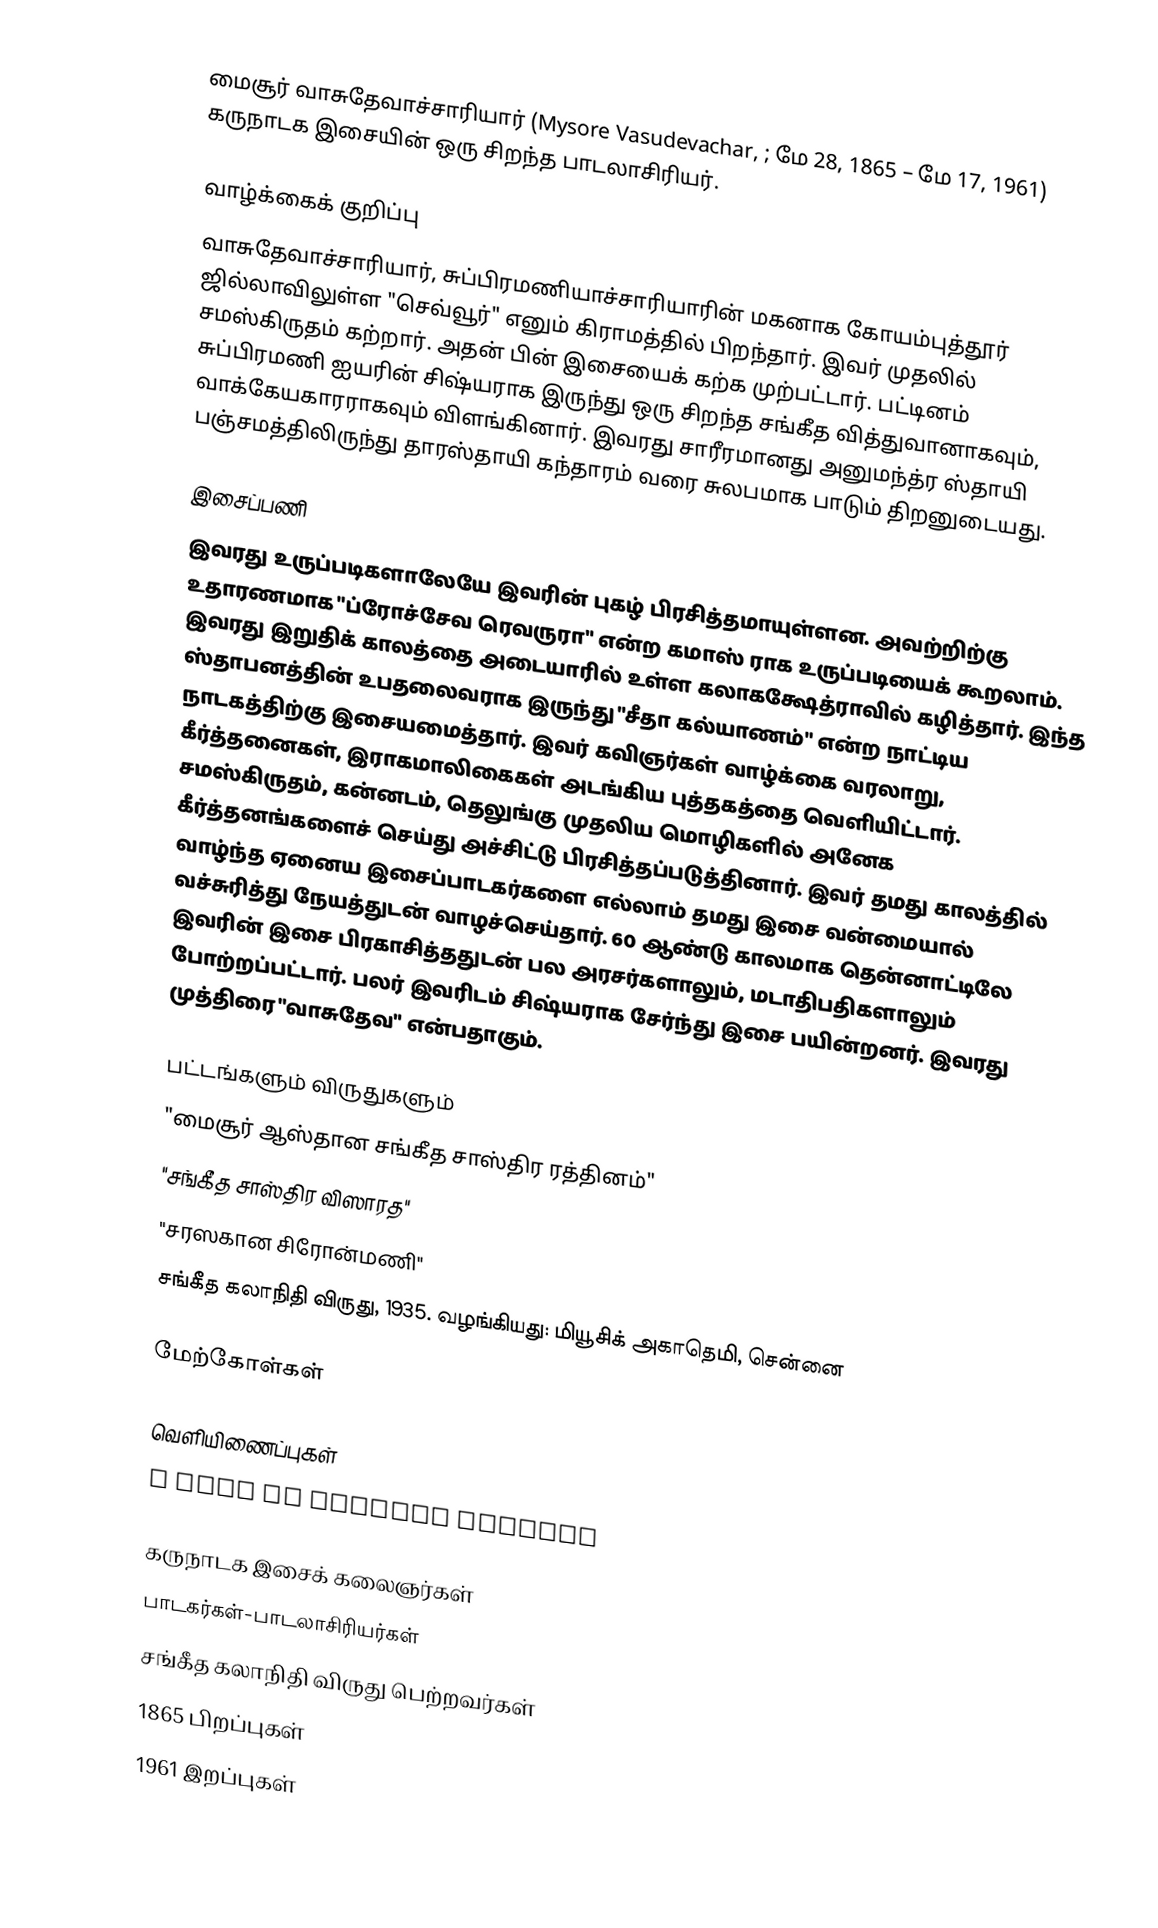
மைசூர் வாசுதேவாச்சாரியார் (Mysore Vasudevachar, ; மே 28, 1865 – மே 17, 1961) கருநாடக இசையின் ஒரு சிறந்த பாடலாசிரியர்.

வாழ்க்கைக் குறிப்பு
வாசுதேவாச்சாரியார், சுப்பிரமணியாச்சாரியாரின் மகனாக கோயம்புத்தூர் ஜில்லாவிலுள்ள "செவ்வூர்" எனும் கிராமத்தில் பிறந்தார். இவர் முதலில் சமஸ்கிருதம் கற்றார். அதன் பின் இசையைக் கற்க முற்பட்டார். பட்டினம் சுப்பிரமணி ஐயரின் சிஷ்யராக இருந்து ஒரு சிறந்த சங்கீத வித்துவானாகவும், வாக்கேயகாரராகவும் விளங்கினார். இவரது சாரீரமானது அனுமந்த்ர ஸ்தாயி பஞ்சமத்திலிருந்து தாரஸ்தாயி கந்தாரம் வரை சுலபமாக பாடும் திறனுடையது.

இசைப்பணி
இவரது உருப்படிகளாலேயே இவரின் புகழ் பிரசித்தமாயுள்ளன. அவற்றிற்கு உதாரணமாக "ப்ரோச்சேவ ரெவருரா" என்ற கமாஸ் ராக உருப்படியைக் கூறலாம். இவரது இறுதிக் காலத்தை அடையாரில் உள்ள கலாகக்ஷேத்ராவில் கழித்தார். இந்த ஸ்தாபனத்தின் உபதலைவராக இருந்து "சீதா கல்யாணம்" என்ற நாட்டிய நாடகத்திற்கு இசையமைத்தார். இவர் கவிஞர்கள் வாழ்க்கை வரலாறு, கீர்த்தனைகள், இராகமாலிகைகள் அடங்கிய புத்தகத்தை வெளியிட்டார். சமஸ்கிருதம், கன்னடம், தெலுங்கு முதலிய மொழிகளில் அனேக கீர்த்தனங்களைச் செய்து அச்சிட்டு பிரசித்தப்படுத்தினார். இவர் தமது காலத்தில் வாழ்ந்த ஏனைய இசைப்பாடகர்களை எல்லாம் தமது இசை வன்மையால் வச்சுரித்து நேயத்துடன் வாழச்செய்தார். 60 ஆண்டு காலமாக தென்னாட்டிலே இவரின் இசை பிரகாசித்ததுடன் பல அரசர்களாலும், மடாதிபதிகளாலும் போற்றப்பட்டார். பலர் இவரிடம் சிஷ்யராக சேர்ந்து இசை பயின்றனர். இவரது முத்திரை "வாசுதேவ" என்பதாகும்.

பட்டங்களும் விருதுகளும்
 "மைசூர் ஆஸ்தான சங்கீத சாஸ்திர ரத்தினம்"
 "சங்கீத சாஸ்திர விஸாரத"
 "சரஸகான சிரோன்மணி"
 சங்கீத கலாநிதி விருது, 1935. வழங்கியது: மியூசிக் அகாதெமி, சென்னை

மேற்கோள்கள்

வெளியிணைப்புகள்
 A life of musical moments

கருநாடக இசைக் கலைஞர்கள்
பாடகர்கள்-பாடலாசிரியர்கள்
சங்கீத கலாநிதி விருது பெற்றவர்கள்
1865 பிறப்புகள்
1961 இறப்புகள்